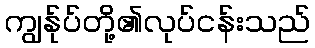
ကျွန်ုပ်တို့၏လုပ်ငန်းသည်